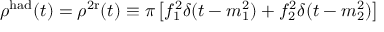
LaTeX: \rho ^ { \mathrm { h a d } } ( t ) = \rho ^ { \mathrm { 2 r } } ( t ) \equiv \pi \left[ f _ { 1 } ^ { 2 } \delta ( t - m _ { 1 } ^ { 2 } ) + f _ { 2 } ^ { 2 } \delta ( t - m _ { 2 } ^ { 2 } ) \right]